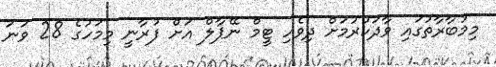
މިމުބާރާތުގައި ވާދަކުރުމަށް ދިވެހި ޓީމް ނޭޕާލް އަށް ފުރާނީ މިމަހުގެ 28 ވަނަ